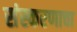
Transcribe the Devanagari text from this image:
संस्करणाचा